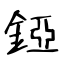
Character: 錏